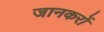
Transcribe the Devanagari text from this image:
जानकरों